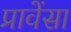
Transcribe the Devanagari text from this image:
प्रावेंसा